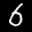
Label: 6